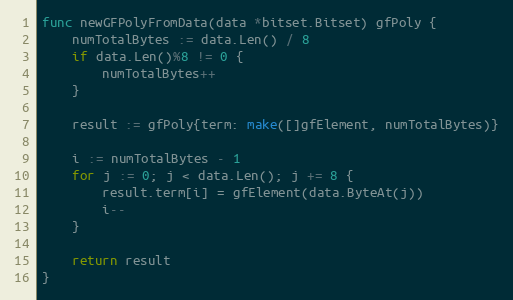
Language: Go
func newGFPolyFromData(data *bitset.Bitset) gfPoly {
	numTotalBytes := data.Len() / 8
	if data.Len()%8 != 0 {
		numTotalBytes++
	}

	result := gfPoly{term: make([]gfElement, numTotalBytes)}

	i := numTotalBytes - 1
	for j := 0; j < data.Len(); j += 8 {
		result.term[i] = gfElement(data.ByteAt(j))
		i--
	}

	return result
}